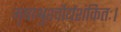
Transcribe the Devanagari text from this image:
मृषाश्रुश्चौर्यशंकितः।